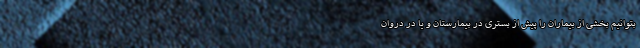
بتوانیم بخشی از بیماران را پیش از بستری در بیمارستان و یا در دروان